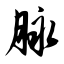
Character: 脉